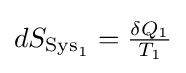
{\textstyle dS_{{\text{Sys}}_{1}}={\frac {\delta Q_{1}}{T_{1}}}}